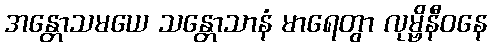
အန္တောသမယေ သန္တောသာနံ မာရေတွာ လုမ္ဗိနီဝနေ